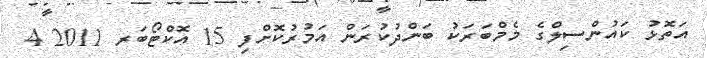
އަތޮޅު ކައުންސިލްގެ މެމްބަރަކު ބަންދުކުރަން އަމުރުކޮށްފި 15 އޮކްޓޯބަރ 2011 4